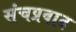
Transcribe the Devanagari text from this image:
संचप्रवाद